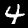
Label: 4